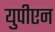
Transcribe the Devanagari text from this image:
युपीएन